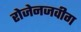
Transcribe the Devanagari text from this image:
रोजेनजवीग